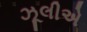
ઝૂલીએ